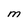
Character: M